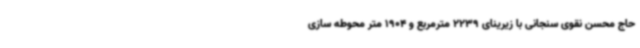
حاج محسن نقوی سنجانی با زیرینای 2239 مترمربع و 1904 متر محوطه سازی